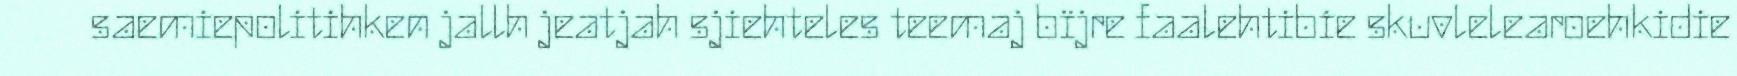
saemiepolitihken jallh jeatjah sjiehteles teemaj bïjre faalehtibie skuvlelearoehkidie